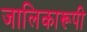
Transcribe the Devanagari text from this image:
जालिकारूपी